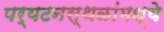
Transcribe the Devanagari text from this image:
पर्यटनस्थळांमध्ये